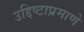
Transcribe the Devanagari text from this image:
उद्दिष्टाप्रमाणे